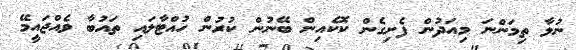
ނުލާ ތިމަންނަ މިއަދުން ފެށިގެން ކޮކެއިން ބޭނުން ކުރުން ހުއްޓާލައި ތައުބާ ވެއްޖައީމޭ